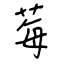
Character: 莓